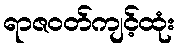
ရာဇဝတ်ကျင့်ထုံး